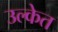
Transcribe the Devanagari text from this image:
उल्केत